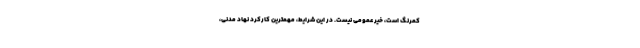
کمرنگ است، خیر عمومی نیست. در این شرایط، مهمترین کارکرد نهاد مدنی،